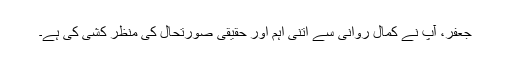
جعفر، آپ نے کمال روانی سے اتنی اہم اور حقیقی صورتحال کی منظر کشی کی ہے۔